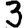
Digit: 3